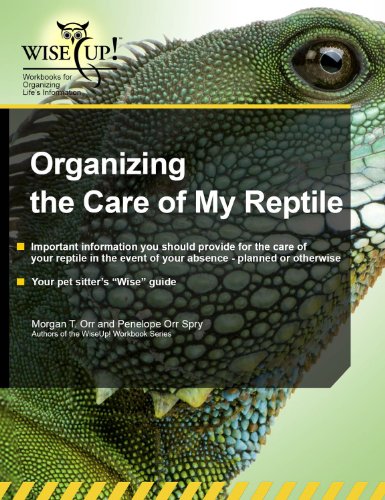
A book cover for Organizing the Care of My Reptile (Wiseup! Workbook); Morgan T. Orr; Crafts, Hobbies & Home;